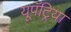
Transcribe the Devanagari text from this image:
यूपॅट्रिया